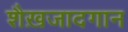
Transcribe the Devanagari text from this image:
शैख़जादगान